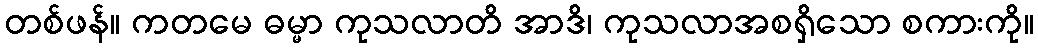
တစ်ဖန်။ ကတမေ ဓမ္မာ ကုသလာတိ အာဒိ၊ ကုသလာအစရှိသော စကားကို။